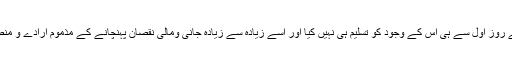
پاکستان کے دشمنوں نے روز اول سے ہی اس کے وجود کو تسلیم ہی نہیں کیا اور اسے زیادہ سے زیادہ جانی ومالی نقصان پہنچانے کے مذموم ارادے و منصوبے بناتے رہتے ہیں۔